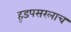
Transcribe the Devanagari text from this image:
ह्डपसरलाच